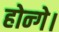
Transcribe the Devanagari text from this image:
होन्गे।